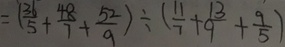
= ( \frac { 3 1 } { 5 } + \frac { 4 8 } { 7 } + \frac { 5 2 } { 9 } ) \div ( \frac { 1 1 } { 7 } + \frac { 1 3 } { 9 } + \frac { 9 } { 5 } )